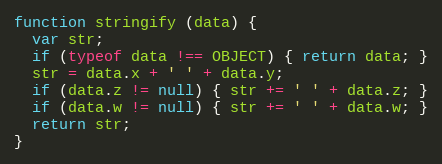
Language: JavaScript
function stringify (data) {
  var str;
  if (typeof data !== OBJECT) { return data; }
  str = data.x + ' ' + data.y;
  if (data.z != null) { str += ' ' + data.z; }
  if (data.w != null) { str += ' ' + data.w; }
  return str;
}